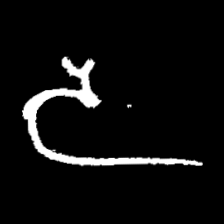
Pyu character \u2014 Myanmar letter: ဒ (romanized: da)